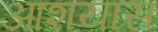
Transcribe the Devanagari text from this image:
आशयास